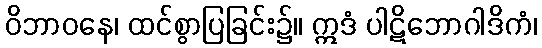
ဝိဘာဝနေ၊ ထင်စွာပြခြင်း၌။ ဣဒံ ပါဋိဘောဂါဒိကံ၊